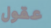
عقول